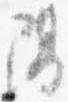
陽